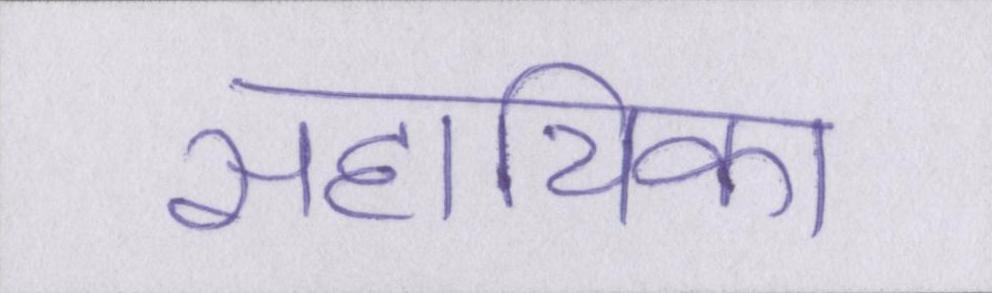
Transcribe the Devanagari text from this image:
सहायिका